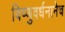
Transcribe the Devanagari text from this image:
विष्णुवर्धनानेच